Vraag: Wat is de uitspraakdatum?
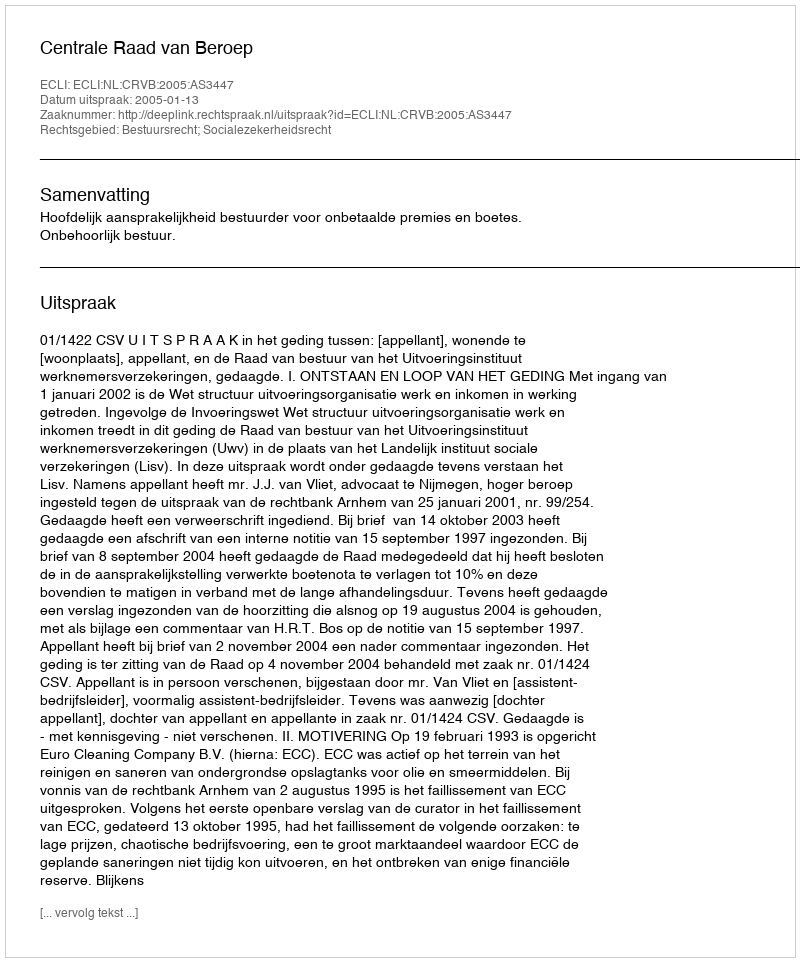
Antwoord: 2005-01-13